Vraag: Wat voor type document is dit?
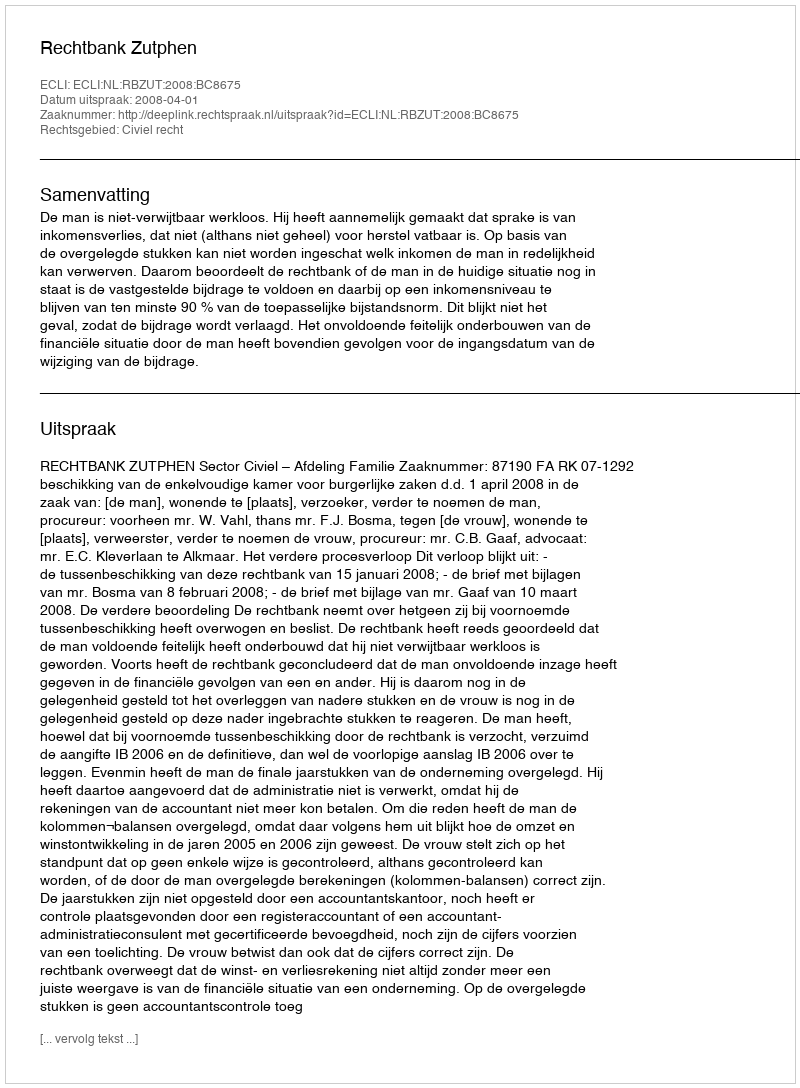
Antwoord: Uitspraak